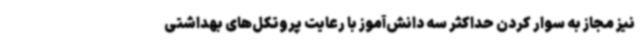
نیز مجاز به سوار کردن حداکثر سه دانش‌آموز با رعایت پروتکل‌های بهداشتی